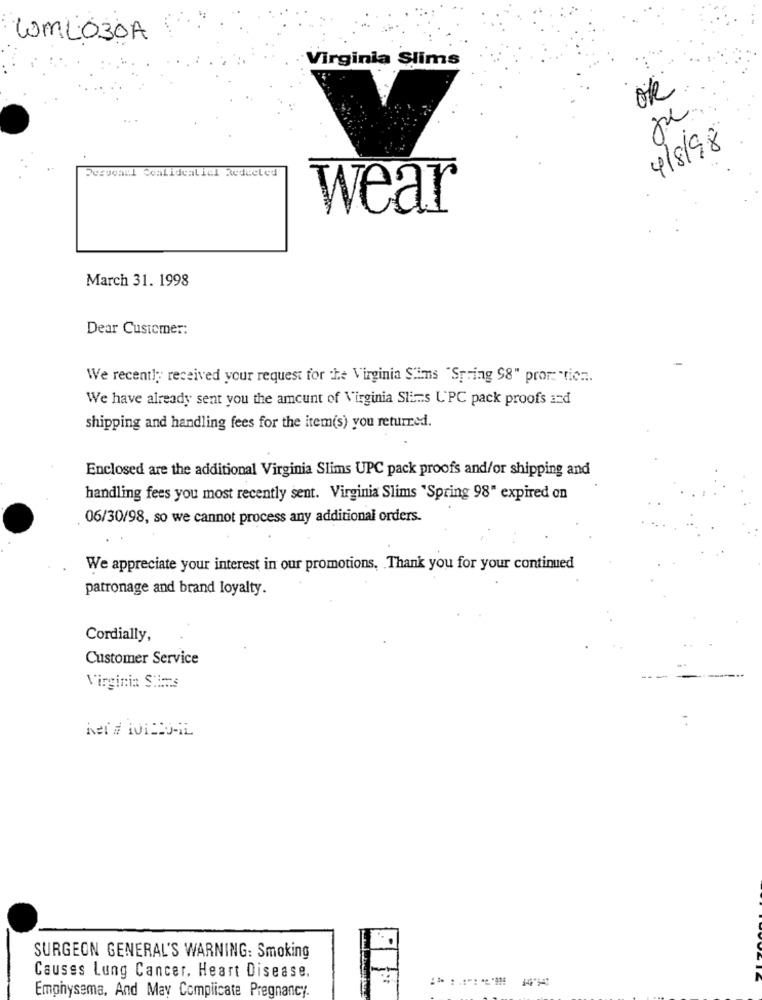
WML030A
Virginia Slims
ok
4/8/98
Personal Coalidealiel Redeeled
wear
March 31. 1998
Dear Customer:
We recently received your request for the Virginia Sims "Spring 98" pror "tien ..
We have already sent you the amount of Virginia Slims UPC pack proofs and
shipping and handling fees for the item(s) you returred.
Enclosed are the additional Virginia Slims UPC pack proofs and/or shipping and
handling fees you most recently sent. Virginia Slims "Spring 98" expired on
06/30/98, so we cannot process any additional orders.
We appreciate your interest in our promotions, Thank you for your continued
patronage and brand loyalty.
Cordially,
Customer Service
Virginia Stimms
SURGEON GENERAL'S WARNING: Smoking
Causes Lung Cancer. Heart Disease.
Emphysema, And May Complicate Pregnancy.